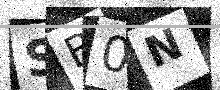
Text: SB0N